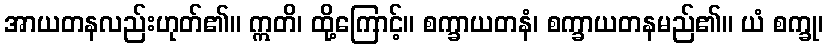
အာယတနလည်းဟုတ်၏။ ဣတိ၊ ထို့ကြောင့်။ စက္ခာယတနံ၊ စက္ခာယတနမည်၏။ ယံ စက္ခု၊